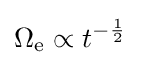
\Omega _{\mathrm {e} }\propto t^{-{\frac {1}{2}}}